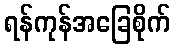
ရန်ကုန်အခြေစိုက်